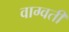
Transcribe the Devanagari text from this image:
वाग्वती